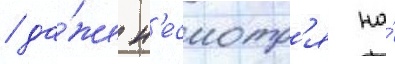
/ да́же н'есмотр'я на́